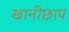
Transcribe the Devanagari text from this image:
खानीछाप